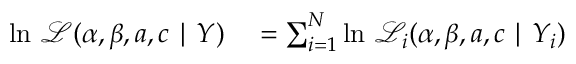
\begin{array} { r l } { \ln \, { \mathcal { L } } ( \alpha , \beta , a , c \mid Y ) } & { { } = \sum _ { i = 1 } ^ { N } \ln \, { \mathcal { L } } _ { i } ( \alpha , \beta , a , c \mid Y _ { i } ) } \end{array}